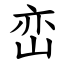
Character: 峦